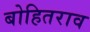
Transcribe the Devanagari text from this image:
बोहितराव